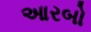
આરબો